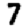
Digit: 7